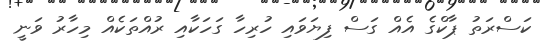
ކަސްރަތު ޕާކްގެ އެއް ގަސް ފިޔަވައި ހުރިހާ ގަހަކާއި ރުއްތަކެއް މިހާރު ވަނީ